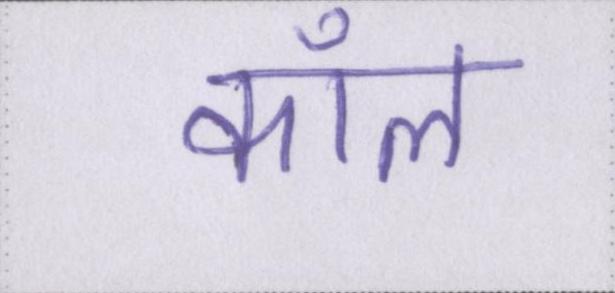
कॉल